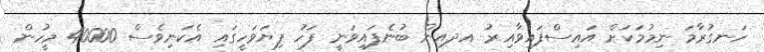
ހަނގުރާމަ ނިމުމަކަށް އައިސްފައިވާއިރު އދއިން ބުނެފައިވަނީ ފަހު ފިޔަވަހީގައި އެކަނިވެސް 40000 މީހުން